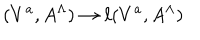
LaTeX: ( V ^ { a } , A ^ { \Lambda } ) \rightarrow \ell ( V ^ { a } , A ^ { \Lambda } )